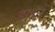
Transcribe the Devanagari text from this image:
डाइनें